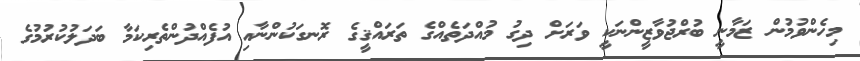
މިހެންވުމުން ޒަމާނީ ބުރްޖުވާޒީންނަކީ ވަރަށް ދިގު މުއްދަތެއްގެ ތަރައްޤީގެ ރޮނގަކުންނާއި އުފެއްދުންތެރިކަމާ ބަދަލުކުރުމުގެ